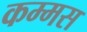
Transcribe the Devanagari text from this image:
कम्मस